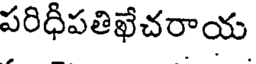
పరిధిపతిఖేచరాయ